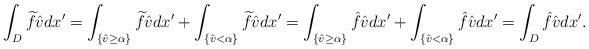
LaTeX: \begin{align*}\int_D \widetilde{f}\hat{v}dx'=\int_{\{\hat{v}\geq \alpha\}} \widetilde{f}\hat{v}dx' +\int_{\{\hat{v}<\alpha\}} \widetilde{f}\hat{v}dx'=\int_{\{\hat{v}\geq\alpha\}} \hat{f}\hat{v}dx'+\int_{\{\hat{v}<\alpha\}} \hat{f}\hat{v}dx'=\int_D\hat{f}\hat{v}dx'.\end{align*}